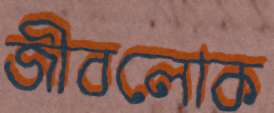
জীবলোক